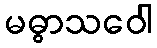
မဓွာသဝေါ